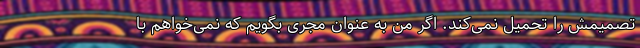
تصمیمش را تحمیل نمی‌کند. اگر من به عنوان مجری بگویم که نمی‌خواهم با